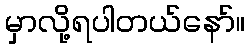
မှာလို့ရပါတယ်နော်။